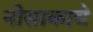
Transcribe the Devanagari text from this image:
नोसाकाचे